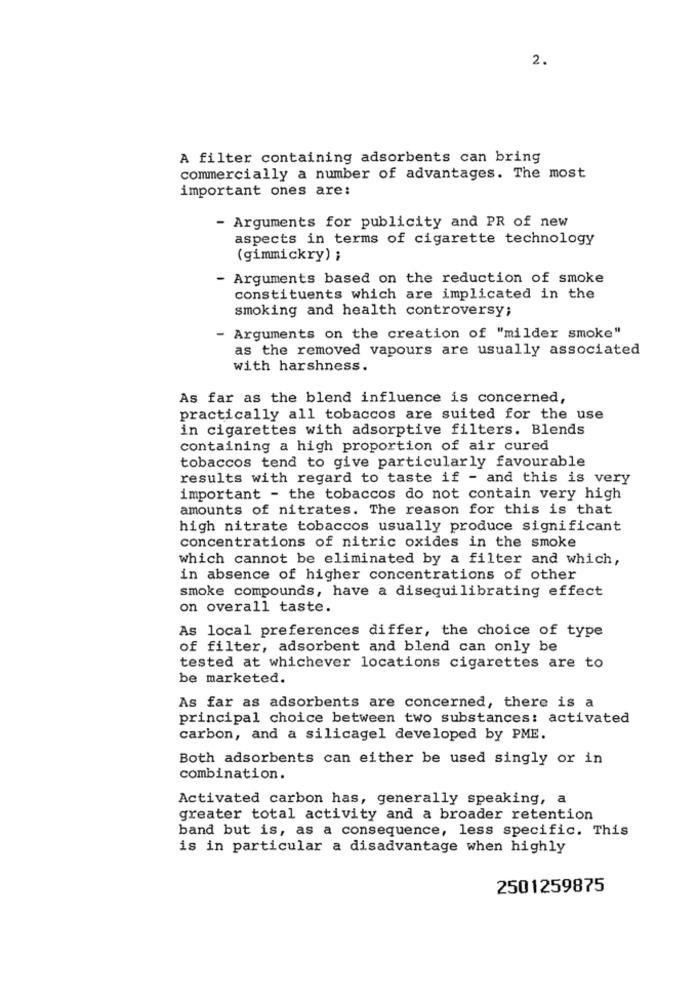
2.
A filter containing adsorbents can bring
commercially a number of advantages. The most
important ones are:
- Arguments for publicity and PR of new
aspects in terms of cigarette technology
(gimmickry) ;
- Arguments based on the reduction of smoke
constituents which are implicated in the
smoking and health controversy;
- Arguments on the creation of "milder smoke"
as the removed vapours are usually associated
with harshness.
As far as the blend influence is concerned,
practically all tobaccos are suited for the use
in cigarettes with adsorptive filters. Blends
containing a high proportion of air cured
tobaccos tend to give particularly favourable
results with regard to taste if - and this is very
important - the tobaccos do not contain very high
amounts of nitrates. The reason for this is that
high nitrate tobaccos usually produce significant
concentrations of nitric oxides in the smoke
which cannot be eliminated by a filter and which,
in absence of higher concentrations of other
smoke compounds, have a disequilibrating effect
on overall taste.
As local preferences differ, the choice of type
of filter, adsorbent and blend can only be
tested at whichever locations cigarettes are to
be marketed.
As far as adsorbents are concerned, there is a
principal choice between two substances: activated
carbon, and a silicagel developed by PME.
Both adsorbents can either be used singly or in
combination.
Activated carbon has, generally speaking, a
greater total activity and a broader retention
band but is, as a consequence, less specific. This
is in particular a disadvantage when highly
2501259875